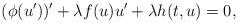
LaTeX: \begin{align*}(\phi(u'))'+\lambda f(u)u'+ \lambda h(t,u)=0,\end{align*}